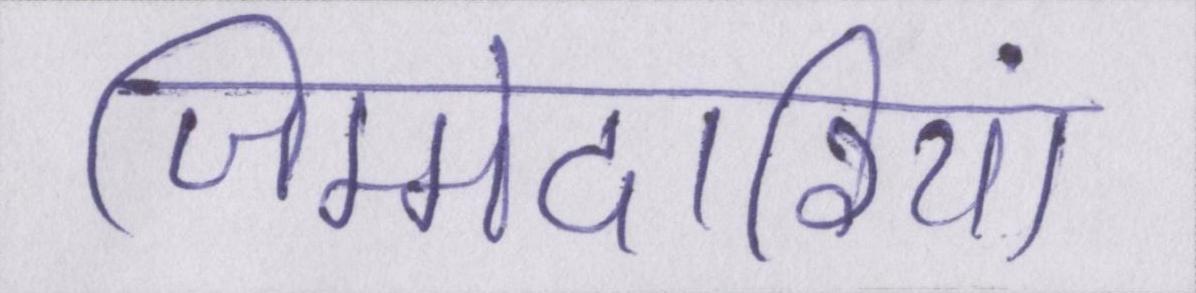
जिम्मेदारियां